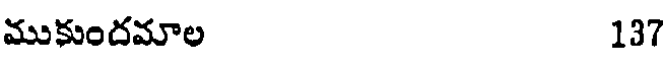
ముకుందమాల 137